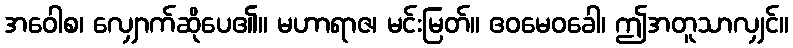
အဝေါစ၊ လျှောက်ဆိုပေ၏။ မဟာရာဇ၊ မင်းမြတ်။ ဧဝမေဝခေါ၊ ဤအတူသာလျှင်။